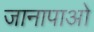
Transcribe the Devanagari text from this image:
जानापाओ